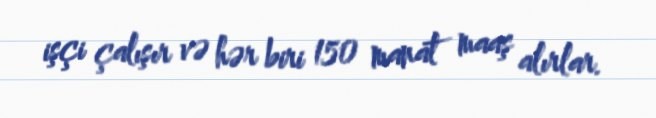
işçi çalışır və hər biri 150 manat maaş alırlar.